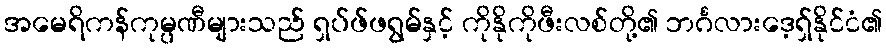
အမေရိကန်ကုမ္ပဏီများသည် ရှပ်ဖ်ဖရွမ်နှင့် ကိုနိုကိုဖီးလစ်တို့၏ ဘင်္ဂလားဒေ့ရှ်နိုင်ငံ၏